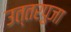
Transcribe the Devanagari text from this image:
उत्तरपुजा